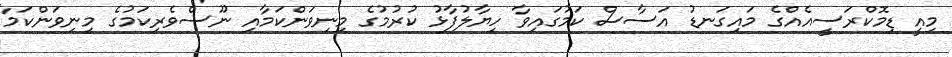
މިއީ ޑިމޮކްރަސީއެއްގެ މައިގަނޑު އަސާސް ކަމުގައިވާ ހިޔާލުފާޅު ކުރުމުގެ މިނިވަންކަމާއި ނޫސްވެރިކަމުގެ މިނިވަންކަމާ